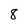
Character: 8